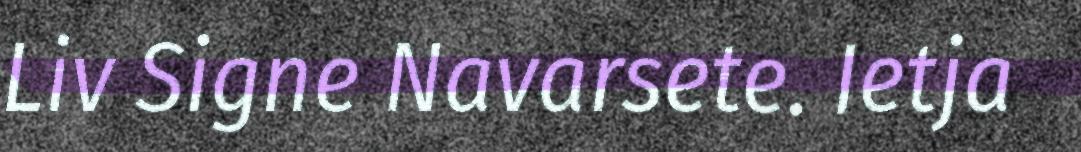
Liv Signe Navarsete. Ietja